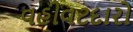
વહીવટદારો